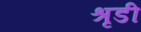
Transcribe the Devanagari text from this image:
श्रृडी